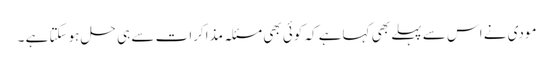
مودی نے اس سے پہلے بھی کہاہے کہ کوئی بھی مسئلہ مذاکرات سے ہی حل ہوسکتا ہے ۔